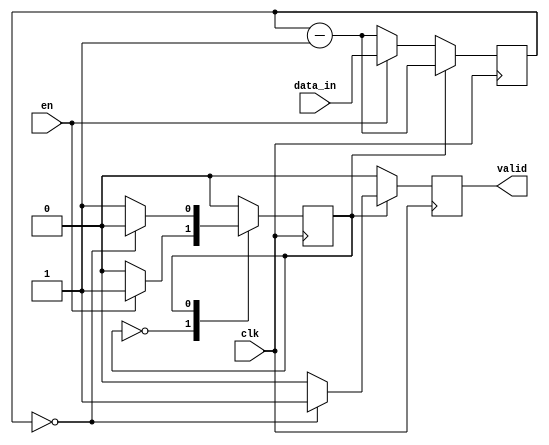


module delay(
   input wire clk,
   input wire en,
   input wire [15:0] data_in,
   output reg valid
);


parameter DELAY_IDLE  = 1'b0;
parameter DELAY_DATA = 1'b1;

reg state   = DELAY_IDLE;
reg [15:0] data = 16'd0; 

always  @ (posedge clk)
begin
    
    valid <= 1'b0;
    data <= data - 1'b1;

    case(state)
        DELAY_IDLE:
        begin 
            if (en)
            begin
                data <= data_in;
                state <= DELAY_DATA;
            end
        end

        DELAY_DATA:
        begin
            if (data == 16'd0)
            begin
                valid <= 1'b1;
                state <= DELAY_IDLE;
            end
        end

    endcase

    
end 

endmodule